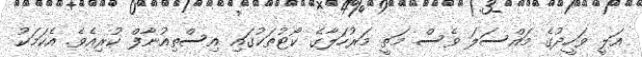
އަލީ ވަހީދުގެ މައްސަލަ ވެސް މަތީ މަރުހަލާގެ ކޯޓުތަކުގައި އިސްތިއުނާފް ކުރިއެވެ. އެކަމަކު